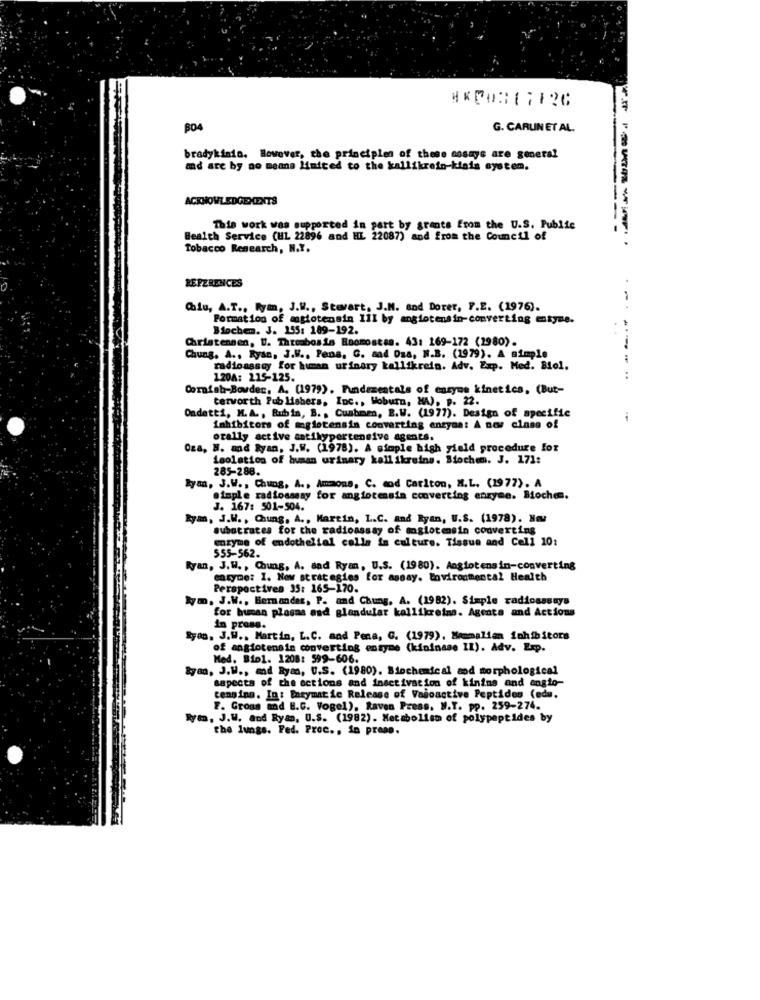
BO4
G. CARLIN ET AL.
bradykinin. However, the principles of these nosays are general
and are by no means Maited to the kallikrein-kinis system.
ACKNOWLEDGEMENTS
---
This work was supported in part by grants from the U.S. Public
Bealth Service (HL 22896 and HL 22087) and from the Council of
-------
Tobacco Research, N.Y.
REFERENCES
Chiu, A.T ., Ryan, J.W ., Stewart, J.M. and Dorer, P.E. (1976).
Formation of mglotensin 11I by angiotensin-converting estyse.
Biochen. J. 155: 189-192.
Christensen, U. Thrombosis Enomostan. 43: 169-172 (1980).
----
Chung. A ., Ryan, J.H ., Pens, G. sad Das, N.B. (1979). A simple
radioassay for human urinary kallikrein. Adv. Exp. Med. Biol.
120A: 215-125.
Cornish-Bowder, A. (1979). Fundamentals of enzyme kinetics. (But-
Ondetti, M.A ., Rubin, B. , Cushmen, B.W. (1977). Design of specific
terworth Publishers, Inc ., Woburn, HA), P. 22.
inhibitors of mglotensin converting enzyme: A nov class of
orally active antihypertensive agents.
Oza, H. and Ryan, J.W. (1978). A simple high yield procedure for
isolation of human urinary kell ikreing. Biochem. J. 171:
285-288.
Ryan, J.W ., Chung, A ., Amaons, C. od Carlton, N.L. (1977). A
simple radiossssy for angiotensin converting enzyme. Bochen.
J. 167: 501-504.
Ryan, J.W. , Chung, A ., Martin, L.C. and Ryan, U.S. (1978). Har
substrates for the radioassay of moglotensin converting
enzyme of endothelial cells in culture. Tissue and Cell 10:
$55-562.
Ryan, J.W ., Chung, A. and Ryan, U.S. (1980). Angiotensin-converting
entyme: 1. Now strategies for assay. tovironmental Health
Perspectives 35: 165-170.
Nym, J.W ., Bernander, P. and Chung, A. (1982). Simple radioassays
for human plasms and glandular kallikreins. Agente and Actions
in prong.
Ryan, J.W ., Martin, L.C. and Pena, C. (1979). Mammalian inhibitors
of angiotensin converting enzyme (kininase IL). Adv. Exp.
Med. Biol. 1208: 599-606.
Ryan, J.W ., and Ryan, U.S. (1980). Biochemical and morphological
sapects of the actions and inactivation of kinins and anglo-
cengine. In: Enzymatic Release of Vadoactive Peptides (edu.
F. Gross mad H.C. Vogel), Raven Press, N.Y. pp. 259-274.
Rym, J.W. and Ryan, U.S. (1982). Metabolism of polypeptides by
the lungs. Ped. Proc ., in press.